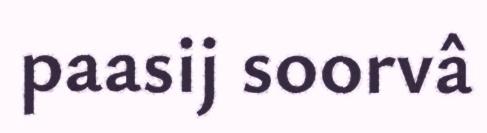
paasij soorvâ